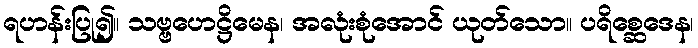
ရဟန်းပြု၍။ သဗ္ဗဟေဋ္ဌိမေန၊ အလုံးစုံအောင် ယုတ်သော။ ပရိစ္ဆေဒေန၊